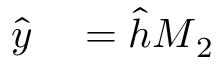
\begin{array} { r l } { \widehat { \boldsymbol { y } } } & { { } = \widehat { \boldsymbol { h } } \boldsymbol { M } _ { 2 } } \end{array}